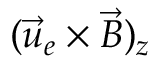
( \vec { u } _ { e } \times \vec { B } ) _ { z }